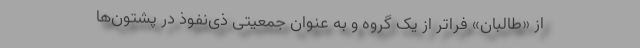
از «طالبان» فراتر از یک گروه و به عنوان جمعیتی ذی‌نفوذ در پشتون‌ها